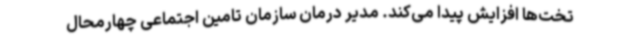
تخت‌ها افزایش پیدا می‌کند. مدیر درمان سازمان تامین اجتماعی چهارمحال